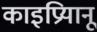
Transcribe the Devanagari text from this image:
काइप्रियानू